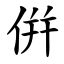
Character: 倂